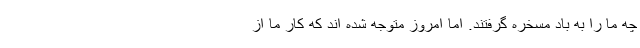
چه ما را به باد مسخره گرفتند. اما امروز متوجه شده اند که کار ما از